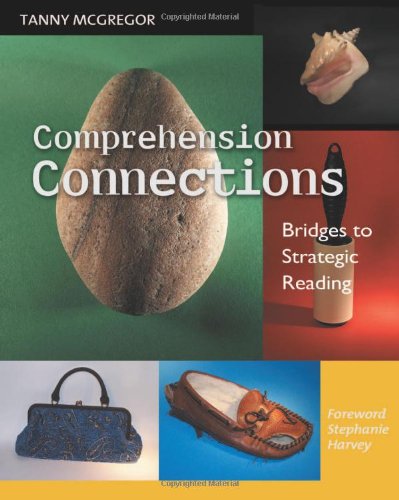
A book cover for Comprehension Connections: Bridges to Strategic Reading; Tanny McGregor; Education & Teaching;